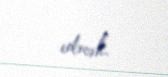
edəcək.